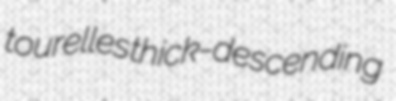
tourelles thick-descending